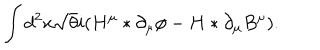
\int d ^ { 2 } x \sqrt { \theta } i ( H ^ { \mu } \ast \partial _ { \mu } \phi - H \ast \partial _ { \mu } B ^ { \mu } ) .